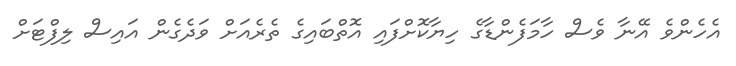
އެހެންވެ އޭނާ ވެސް ހާމަފެންޑާގެ ހިޔާކޮށްފައި އޮތްބައިގެ ތެރެއަށް ވަދެގެން އައިސް ލިފްޓަށް